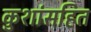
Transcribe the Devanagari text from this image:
कुशांसहित